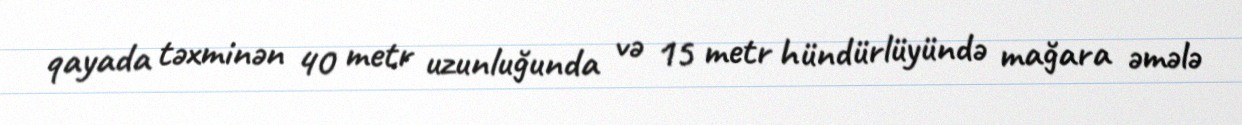
qayada təxminən 40 metr uzunluğunda və 15 metr hündürlüyündə mağara əmələ